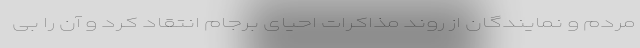
مردم و نمایندگان از روند مذاکرات احیای برجام انتقاد کرد و آن را بی